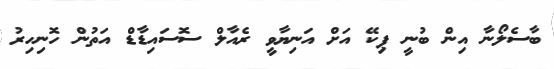
ބާސެލޯނާ އިން ބުނީ ޕިކޭ އަށް އަނިޔާވީ ރެއާލް ސޮސައިޑާޑް އަތުން ހޮނިހިރު